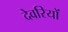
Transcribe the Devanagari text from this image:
देवरियों